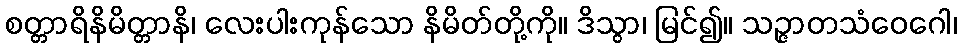
စတ္တာရိနိမိတ္တာနိ၊ လေးပါးကုန်သော နိမိတ်တို့ကို။ ဒိသွာ၊ မြင်၍။ သဉ္ဇာတသံဝေဂေါ၊